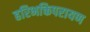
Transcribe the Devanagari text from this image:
हरिभक्तिपरायण